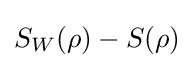
S_{W}(\rho )-S(\rho )